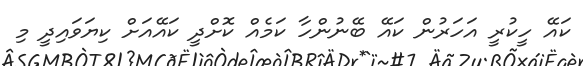
ކައޭ ހީކުރީ އަހަރުން ކައޭ ބޭނުންހާ ކަމެއް ކޮށްދީ ކައޭއަށް ކިޔަވައިދީ މި